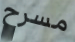
مسرح